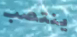
ينتصب